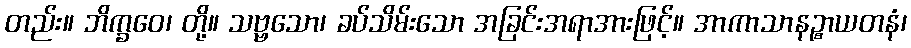
တည်း။ ဘိက္ခဝေ၊ တို့။ သဗ္ဗသော၊ ခပ်သိမ်းသော အခြင်းအရာအားဖြင့်။ အာကာသာနဉ္စာယတနံ၊